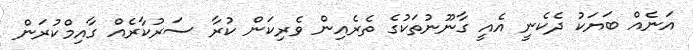
އަނެއް ބަޔަކު ދެކެނީ އެއީ ގާނޫނުތަކުގެ ތެރެއިން ވެރިކަން ކުރާ ސަރުކާރެއް ގާއިމްކުރަން